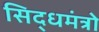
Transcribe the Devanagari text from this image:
सिद्धमंत्रो